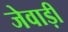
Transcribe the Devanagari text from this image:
जेवाड़ी